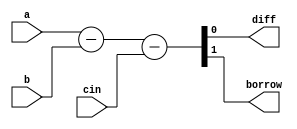
module fullsub(diff,borrow,a,b,cin);
  input a,b,cin;
  output reg diff,borrow;
  always@(a or b or cin)
    {borrow,diff} = a-b-cin;
endmodule